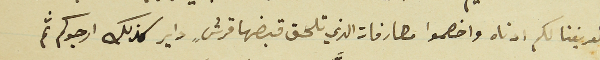
تعريفنا لكم ادناه واخصموا مصارفات الذي تلحق قبضها قرشٍ داير كذلك ارجوكم ثم